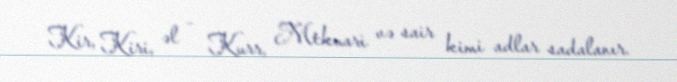
Kir, Kiri, əl – Kurr, Mtkuari və sair kimi adlar sadalanır.